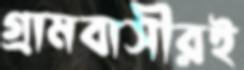
গ্রামবাসীরই